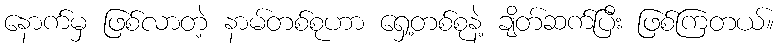
နောက်မှ ဖြစ်လာတဲ့ နာမ်တစ်စုဟာ ရှေ့တစ်စုနဲ့ ချိတ်ဆက်ပြီး ဖြစ်ကြတယ်။